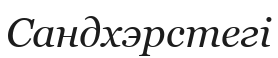
Сандхэрстегі